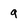
Character: g